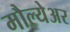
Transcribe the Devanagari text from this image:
मौल्येअर